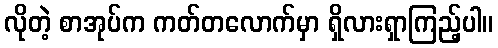
လိုတဲ့ စာအုပ်က ကတ်တလောက်မှာ ရှိလားရှာကြည့်ပါ။